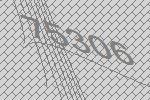
75306